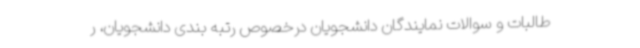
طالبات و سوالات نمایندگان دانشجویان درخصوص رتبه بندی دانشجویان، ر